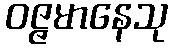
ဝဇ္ဇမာနေသု